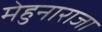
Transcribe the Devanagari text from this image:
मेहुनाराजा